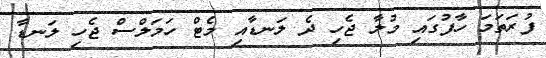
ފުރަތަމަ ހާފުގައި މުލާ ޖެހި ދެ ލަނޑާއި މެޓް ހަމަލްސް ޖެހި ލަނޑާ